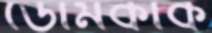
ডোমকাক